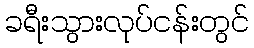
ခရီးသွားလုပ်ငန်းတွင်